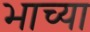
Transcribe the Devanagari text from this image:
भाच्या